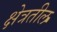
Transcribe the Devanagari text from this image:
क्षेत्रतील